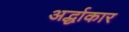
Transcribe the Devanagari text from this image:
अर्द्धाकार